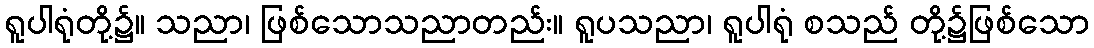
ရူပါရုံတို့၌။ သညာ၊ ဖြစ်သောသညာတည်း။ ရူပသညာ၊ ရူပါရုံ စသည် တို့၌ဖြစ်သော